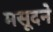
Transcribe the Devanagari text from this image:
मसूदने